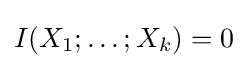
I(X_{1};\ldots ;X_{k})=0